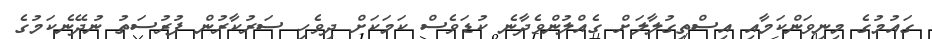
ގައުމުގެ މިނިވަންކަމާއި އިސްތިގުލާލަށް ގެއްލުންވެދާނެ ކުޑަވެސް ކަމަކަށް ދިވެހި ސަރުކާރުން ފުރުސަތު ނުދޭނެކަމުގެ